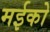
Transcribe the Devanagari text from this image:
मईको